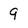
Character: 9